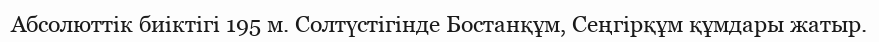
Абсолюттiк биіктігі 195 м. Солтүстігінде Бостанқұм, Сеңгірқұм құмдары жатыр.